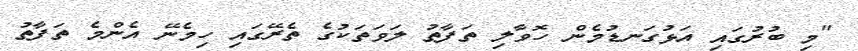
"މި ބުރުގައި އަޅުގަނޑުމެން ހޮވާލި ތަފާތު ލަވަތަކުގެ ތެރޭގައި ހިމެނޭ އެންމެ ތަފާތު